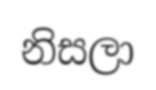
නිසලා